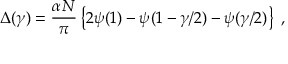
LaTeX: \Delta ( { \gamma } ) = \frac { \alpha N } { \pi } \left\{ 2 \psi ( 1 ) - \psi ( 1 - \gamma / 2 ) - \psi ( \gamma / 2 ) \right\} \ ,